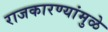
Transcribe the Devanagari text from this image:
राजकारण्यांमुळे